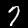
Label: 7